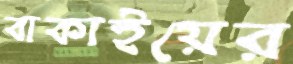
বাকাইয়ের